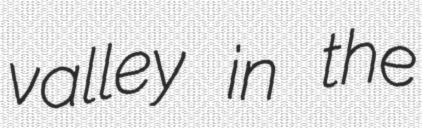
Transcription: valley in the